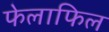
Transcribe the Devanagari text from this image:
फेलाफिल